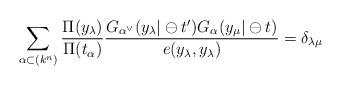
LaTeX: \begin{align*}\sum_{\alpha \subset (k^{n})}\frac{\Pi (y_{\lambda })}{\Pi (t_{\alpha })}\frac{G_{\alpha ^{\vee }}(y_{\lambda }|\ominus t^{\prime })G_{\alpha}(y_{\mu }|\ominus t)}{e(y_{\lambda },y_{\lambda })}=\delta _{\lambda \mu }\end{align*}